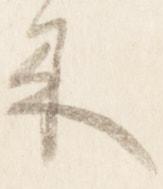
来